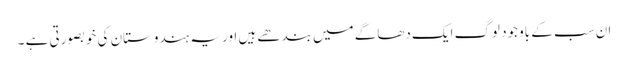
ان سب کے باوجود لوگ ایک دھاگے میں بندھے ہیں اور یہ ہندوستان کی خوبصورتی ہے ۔